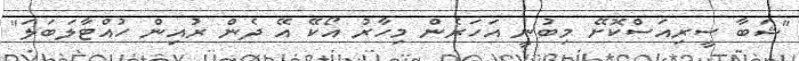
"ޝަބާ ސީރިއަސްކޮށޭ މިބުނީ އަހަރެން މިހާރު އޯކޭ އޭ ދެން ރުއިން ހުއްޓާލަބަލަ"